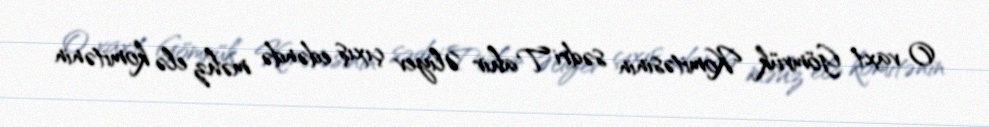
O vaxt Gömrük Komitəsinin sədri Tahir Əliyev çıxış edəndə məhz elə komitənin